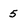
Character: 5